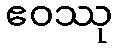
ဧဝဿု